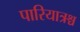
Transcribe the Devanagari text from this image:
पारियात्रश्च